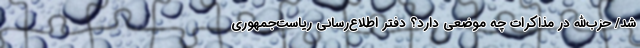
شد/ حزب‌الله در مذاکرات چه موضعی دارد؟ دفتر اطلاع‌رسانی ریاست‌جمهوری